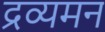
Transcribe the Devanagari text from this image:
द्रव्यमन